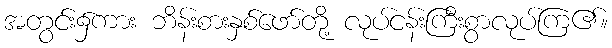
အတွင်း၌ကား ဘိန်းစားနှစ်ဖော်တို့ လုပ်ငန်းကြီးစွာလုပ်ကြ၏။